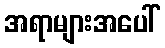
အရာများအပေါ်